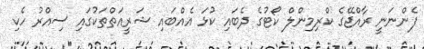
ފެންނަނީ ރާއްޖޭގެ ކްރިމިންލް ކޯޓުގެ ދެބައި ކުޅަ އެއްބައި ޝަރީއަތްތަކުގައި ސިއްރު ހެކި